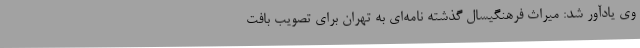
وی یادآور شد: میراث فرهنگیسال گذشته نامه‌ای به تهران برای تصویب بافت